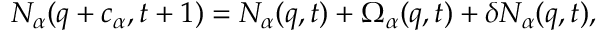
N _ { \alpha } ( { q } + { c } _ { \alpha } , t + 1 ) = N _ { \alpha } ( { q } , t ) + \Omega _ { \alpha } ( { q } , t ) + \delta N _ { \alpha } ( { q } , t ) ,